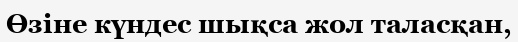
Өзіне күндес шықса жол таласқан,